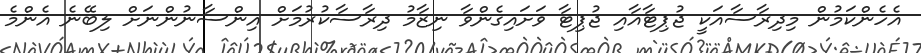
އެހެންކަމުން މިދިރާސާއަކީ ޖުޕިޓާއާއި ޖުޕިޓާ ވަށައިގެންވާ ނިޒާމު ދިރާސާކުރުމަށް އިންސާނުންނަށް ލިބޭނެ އެންމެ